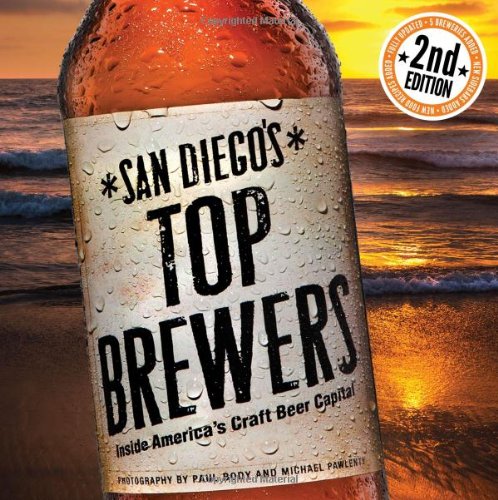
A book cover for San Diego's Top Brewers; Bruce Glassman; Cookbooks, Food & Wine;